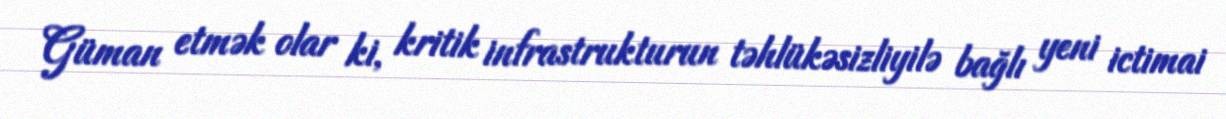
Güman etmək olar ki, kritik infrastrukturun təhlükəsizliyilə bağlı yeni ictimai